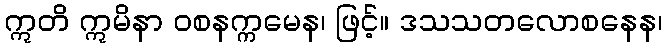
ဣတိ ဣမိနာ ဝစနက္ကမေန၊ ဖြင့်။ ဒသသတလောစနေန၊